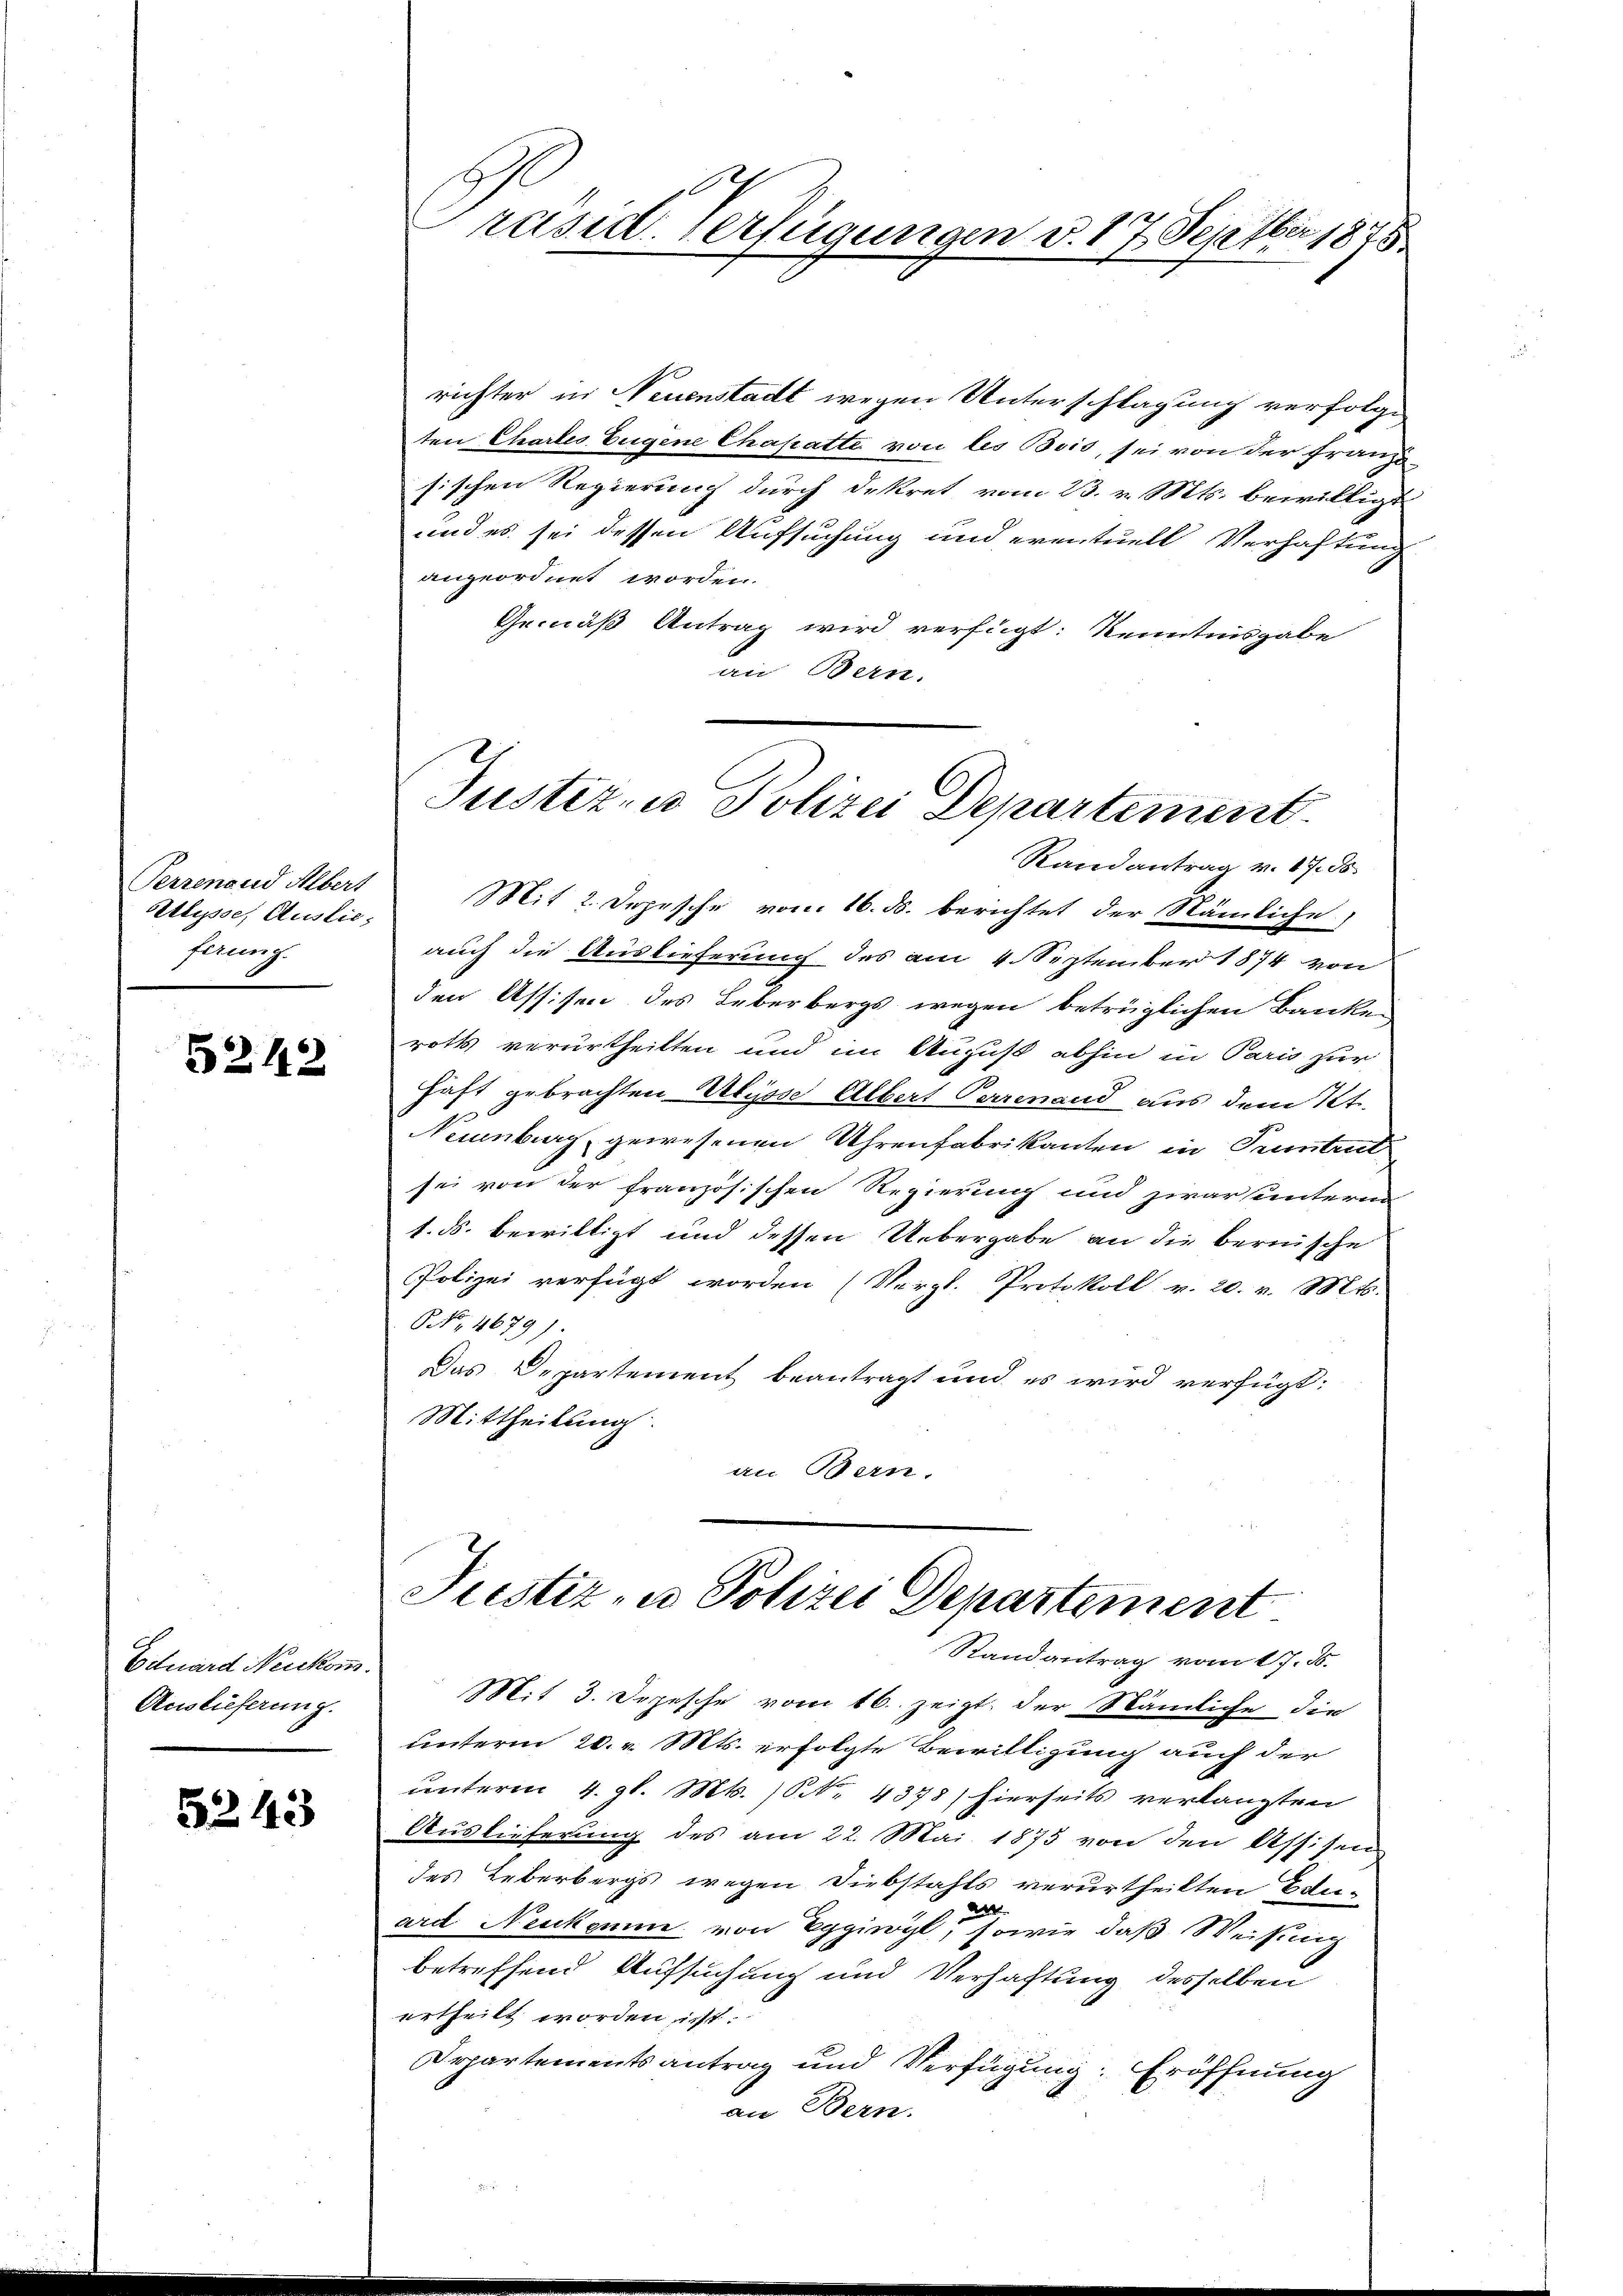
Perrenoud Albert
Stupse, Auslieferung.

5242

Eduard Neiskom
Auslieferung.

5243

rusit. Verfügungen d. 17. Septbr 1848

richter in Neuenstadt wegen Unterschlagung verfolge
ten Chartes Eugene Chahatte von les Bois, sei von der Franz
sischen Regierung durch Dekret vom 23. v. Mts. bewilligt
und es sei dessen Aufsuchung und eventuell Verhaftung
angeordnet worden.
Gemäß Antrag wird verfügt: Kenntnisgabe
an Bern.
Randantrag v. 17. 55.
Mit 2. Depesche vom 16. ds. berichtet der Nämliche
auch die Auslieferung des am 4. September 1874 von
den Assisen des Leberbergs wegen betrüglichen Banken
roths verurtheilten und im August abhin in Paris zur
haft gebrachten Wisse Albert Perrenand aus dem Pet
Neuenburg gewesenen Uhrenfabrikanten in Pruntrut
sei von der französischen Regierung und zwar unteren
1. ds. bewilligt und dessen Uebergabe an die bernische
Polizei verfügt worden (Vergl. Protokoll v. 20. v. Mts.
NNo. 4679).
Das Departement beantragt und es wird verfügt:
Mittheilung
an Bern.

Justiz- u Polizei Departement

Justiz- u Polizei Departement

Randantrag vom 17. 35.
Mit 3. Depesche vom 16. zeigt. der Nämliche die
unterm 20. v. Mts. erfolgte Bewilligung auch der
unterm 4. gl. Mts. N. 4378) hierseits verlangten
Auslieferung des am 22. Mai 1875 von den Assisen
des Leberbergs wegen Diebstahls verurtheilten Eduard Neukomme von Egging, sowie daß Weisung
betreffend Aufsuchung und Verhaftung desselben
ertheilt worden ist.
Departementsantrag und Verfügung: Eröffnung
an Bern.